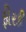
ફીરકી